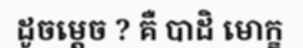
ដូចម្តេច ? គឺ បាដិ មោក្ខ